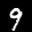
Label: 9